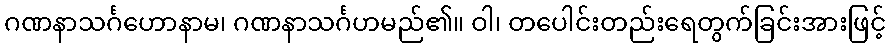
ဂဏနာသင်္ဂဟောနာမ၊ ဂဏနာသင်္ဂဟမည်၏။ ဝါ၊ တပေါင်းတည်းရေတွက်ခြင်းအားဖြင့်